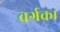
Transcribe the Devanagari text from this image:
वर्गका